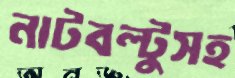
নাটবল্টুসহ